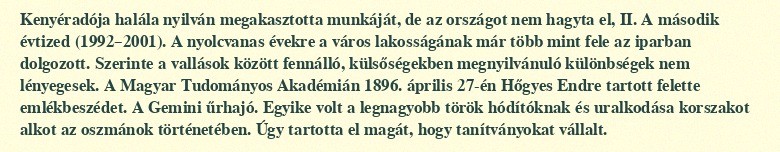
Kenyéradója halála nyilván megakasztotta munkáját, de az országot nem hagyta el, II. A második évtized (1992–2001). A nyolcvanas évekre a város lakosságának már több mint fele az iparban dolgozott. Szerinte a vallások között fennálló, külsőségekben megnyilvánuló különbségek nem lényegesek. A Magyar Tudományos Akadémián 1896. április 27-én Hőgyes Endre tartott felette emlékbeszédet. A Gemini űrhajó. Egyike volt a legnagyobb török hódítóknak és uralkodása korszakot alkot az oszmánok történetében. Úgy tartotta el magát, hogy tanítványokat vállalt.